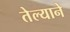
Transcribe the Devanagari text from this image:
तेल्याने